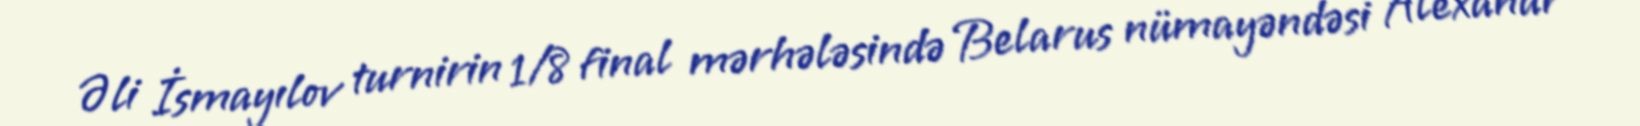
Əli İsmayılov turnirin 1/8 final mərhələsində Belarus nümayəndəsi Alexandr